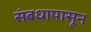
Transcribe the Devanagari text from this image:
संबधापासून